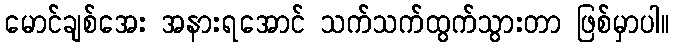
မောင်ချစ်အေး အနားရအောင် သက်သက်ထွက်သွားတာ ဖြစ်မှာပါ။